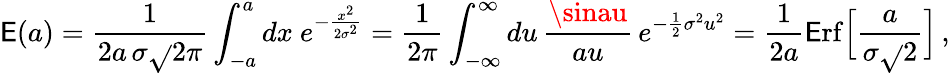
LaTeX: \mathsf{E}(a)={\frac{{1}}{{2a\, \sigma\sqrt{}{{2\pi}}}}}\int_{-a}^{a}dx\ e^{-{\frac{{x^{2}}}{{2\sigma^{2}}}}}={\frac{{1}}{{2\pi}}}\int_{-\infty}^{\infty}du\, {\frac{{\sinau}}{{au}}}\, e^{-{\frac{{1}}{{2}}}\sigma^{2}u^{2}}={\frac{{1}}{{2a}}}\mathrm{{\mathsf{E}rf}}\Big[{\frac{{a}}{{\sigma\sqrt{}{2}}}}\Big]\, ,